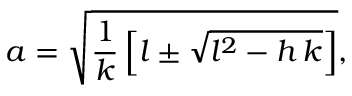
a = \sqrt { \frac { 1 } { k } \left[ l \pm \sqrt { l ^ { 2 } - h \, k } \right] } ,